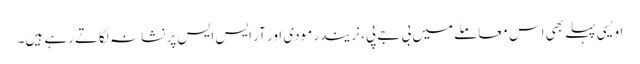
اویسی پہلے بھی اس معاملے میں بی جے پی، نریندر مودی اور آر ایس ایس پر نشانہ لگاتے رہے ہیں۔